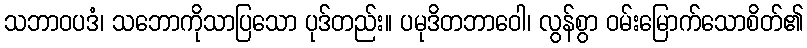
သဘာဝပဒံ၊ သဘောကိုသာပြသော ပုဒ်တည်း။ ပမုဒိတဘာဝေါ၊ လွန်စွာ ဝမ်းမြောက်သောစိတ်၏